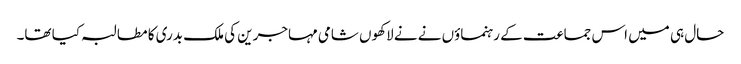
حال ہی میں اس جماعت کے رہنماؤں نے نے لاکھوں شامی مہاجرین کی ملک بدری کا مطالبہ کیا تھا۔